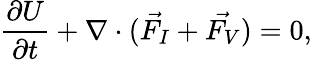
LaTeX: \frac{\partial U}{\partial t}+\nabla\cdot(\vec{F_{I}}+\vec{F_{V}})=0,